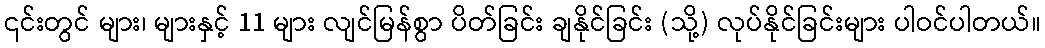
၎င်းတွင် များ၊ များနှင့် 11 များ လျင်မြန်စွာ ပိတ်ခြင်း ချနိုင်ခြင်း (သို့) လုပ်နိုင်ခြင်းများ ပါဝင်ပါတယ်။